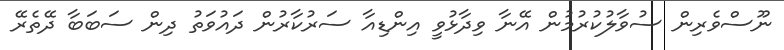
ނޫސްވެރިން ސުވާލުކުރުމުން އޭނާ ވިދާޅުވީ އިންޑިއާ ސަރުކާރުން ދައުވަތު ދިން ސަބަބާ ދޭތެރޭ